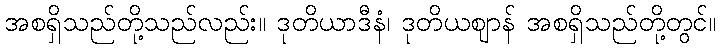
အစရှိသည်တို့သည်လည်း။ ဒုတိယာဒီနံ၊ ဒုတိယဈာန် အစရှိသည်တို့တွင်။